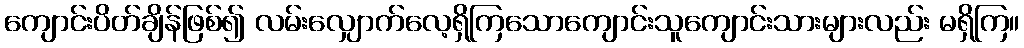
ကျောင်းပိတ်ချိန်ဖြစ်၍ လမ်းလျှောက်လေ့ရှိကြသောကျောင်းသူကျောင်းသားများလည်း မရှိကြ။